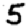
Digit: 5